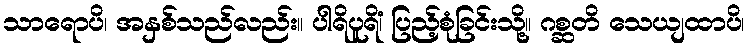
သာရောပိ၊ အနှစ်သည်လည်း။ ပါရိပူရိံ၊ ပြည့်စုံခြင်းသို့။ ဂစ္ဆတိ သေယျထာပိ၊